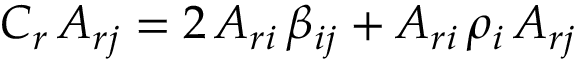
C _ { r } \, A _ { r j } = 2 \, A _ { r i } \, \beta _ { i j } + A _ { r i } \, \rho _ { i } \, A _ { r j }